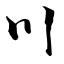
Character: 川